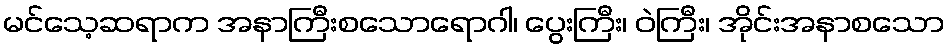
မင်သေ့ဆရာက အနာကြီးစသောရောဂါ၊ ပွေးကြီး၊ ဝဲကြီး၊ အိုင်းအနာစသော